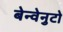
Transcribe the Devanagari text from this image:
बेन्वेनुटो